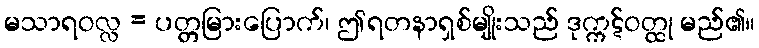
မသာရဝလ္လ = ပတ္တမြားပြောက်၊ ဤရတနာရှစ်မျိုးသည် ဒုက္ကဋ်ဝတ္ထု မည်၏။